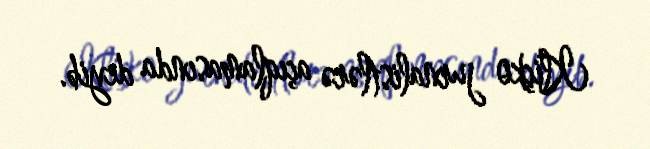
Kliçko jurnalistlərə açıqlamasında deyib.